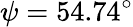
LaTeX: \psi=54.74^{\circ}